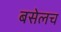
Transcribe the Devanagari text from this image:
बसेलच